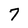
Character: 7